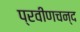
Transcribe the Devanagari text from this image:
प्रवीणचन्द